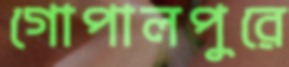
গোপালপুরে